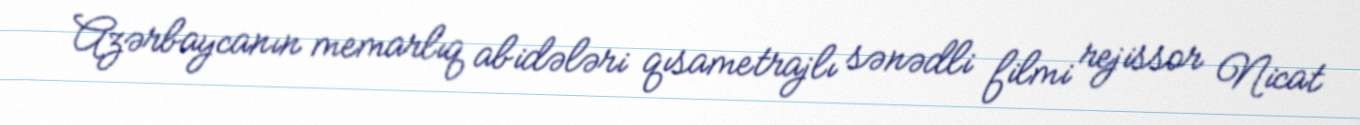
Azərbaycanın memarlıq abidələri qısametrajlı sənədli filmi rejissor Nicat